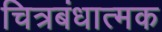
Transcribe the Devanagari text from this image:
चित्रबंधात्मक